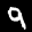
Label: 9